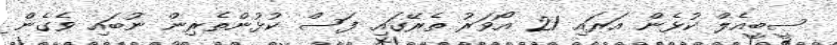
ސީބީއެލް ކުޅެން އަރައި 21 އޯވަރު ތެރޭގައި ފަސް ކުޅުންތެރިން ނުބައި ވެގެން